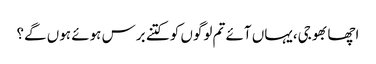
اچھا بھوجی،یہاں آئے تم لوگوں کو کتنے برس ہوئے ہوں گے؟